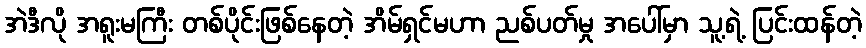
အဲဒီလို အရူးမကြီး တစ်ပိုင်းဖြစ်နေတဲ့ အိမ်ရှင်မဟာ ညစ်ပတ်မှု အပေါ်မှာ သူ့ရဲ့ ပြင်းထန်တဲ့